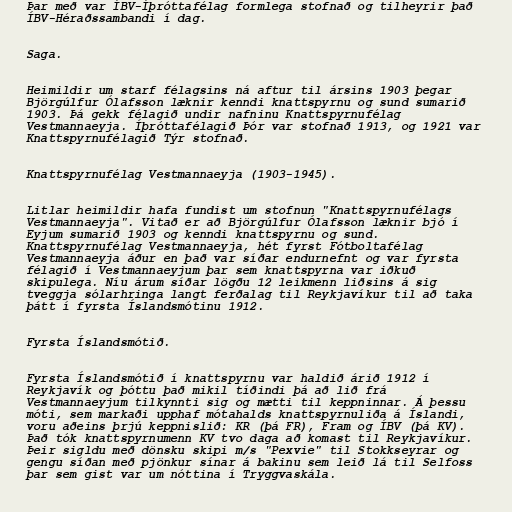
Þar með var ÍBV-Íþróttafélag formlega stofnað og tilheyrir það
ÍBV-Héraðssambandi í dag.

Saga.

Heimildir um starf félagsins ná aftur til ársins 1903 þegar
Björgúlfur Ólafsson læknir kenndi knattspyrnu og sund sumarið
1903. Þá gekk félagið undir nafninu Knattspyrnufélag
Vestmannaeyja. Íþróttafélagið Þór var stofnað 1913, og 1921 var
Knattspyrnufélagið Týr stofnað.

Knattspyrnufélag Vestmannaeyja (1903-1945).

Litlar heimildir hafa fundist um stofnun "Knattspyrnufélags
Vestmannaeyja". Vitað er að Björgúlfur Ólafsson læknir bjó í
Eyjum sumarið 1903 og kenndi knattspyrnu og sund.
Knattspyrnufélag Vestmannaeyja, hét fyrst Fótboltafélag
Vestmannaeyja áður en það var síðar endurnefnt og var fyrsta
félagið í Vestmannaeyjum þar sem knattspyrna var iðkuð
skipulega. Níu árum síðar lögðu 12 leikmenn liðsins á sig
tveggja sólarhringa langt ferðalag til Reykjavíkur til að taka
þátt í fyrsta Íslandsmótinu 1912.

Fyrsta Íslandsmótið.

Fyrsta Íslandsmótið í knattspyrnu var haldið árið 1912 í
Reykjavík og þóttu það mikil tíðindi þá að lið frá
Vestmannaeyjum tilkynnti sig og mætti til keppninnar. Á þessu
móti, sem markaði upphaf mótahalds knattspyrnuliða á Íslandi,
voru aðeins þrjú keppnislið: KR (þá FR), Fram og ÍBV (þá KV).
Það tók knattspyrnumenn KV tvo daga að komast til Reykjavíkur.
Þeir sigldu með dönsku skipi m/s "Pexvie" til Stokkseyrar og
gengu síðan með pjönkur sínar á bakinu sem leið lá til Selfoss
þar sem gist var um nóttina í Tryggvaskála.